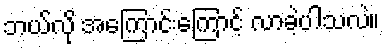
ဘယ်လို အကြောင်းကြောင့် လာခဲ့ပါသလဲ။